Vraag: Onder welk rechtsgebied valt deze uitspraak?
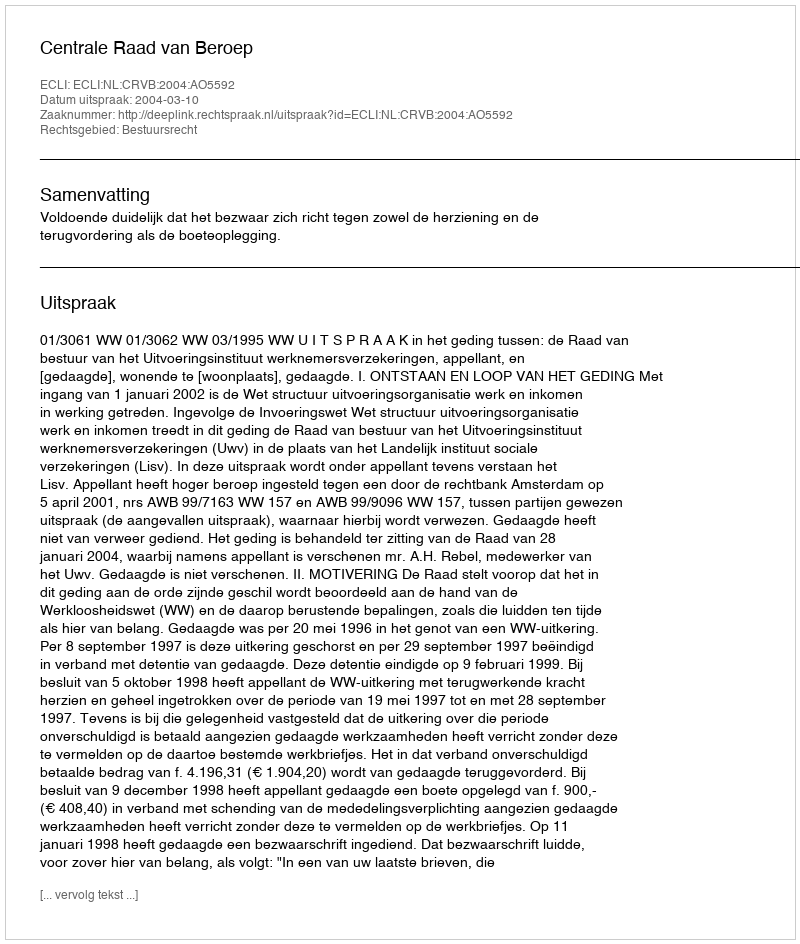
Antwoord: Bestuursrecht